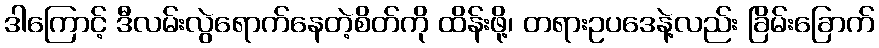
ဒါကြောင့် ဒီလမ်းလွဲရောက်နေတဲ့စိတ်ကို ထိန်းဖို့၊ တရားဥပဒေနဲ့လည်း ခြိမ်းခြောက်